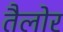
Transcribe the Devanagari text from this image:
तैलोर